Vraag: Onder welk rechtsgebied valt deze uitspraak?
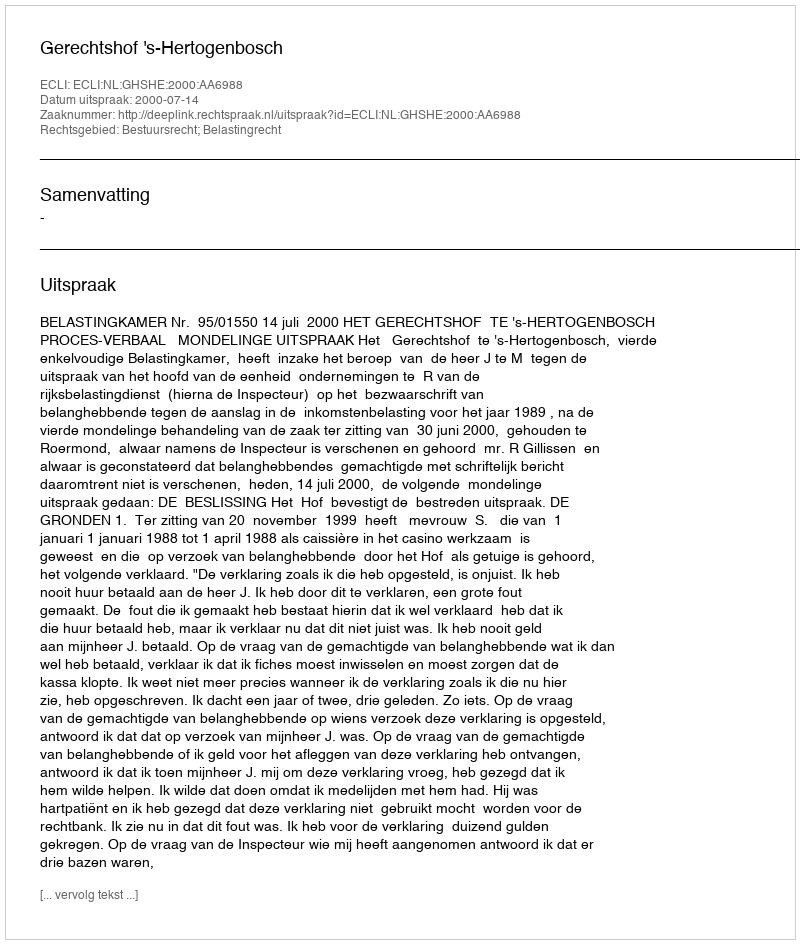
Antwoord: Bestuursrecht; Belastingrecht